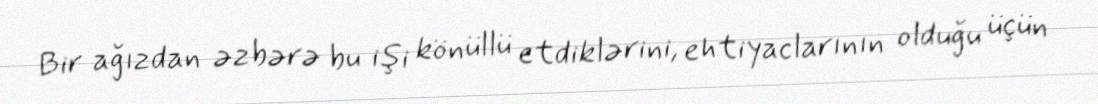
Bir ağızdan əzbərə bu işi könüllü etdiklərini, ehtiyaclarının olduğu üçün